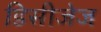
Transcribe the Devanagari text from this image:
डिसीजेज